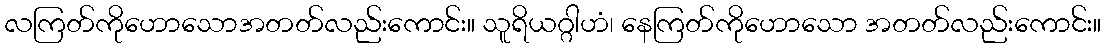
လကြတ်ကိုဟောသောအတတ်လည်းကောင်း။ သူရိယဂ္ဂါဟံ၊ နေကြတ်ကိုဟောသော အတတ်လည်းကောင်း။